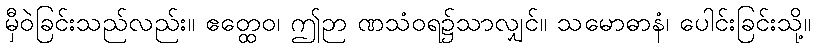
မှီဝဲခြင်းသည်လည်း။ ဧတ္ထေဝ၊ ဤဉာ ဏသံဝရ၌သာလျှင်။ သမောဓာနံ၊ ပေါင်းခြင်းသို့။